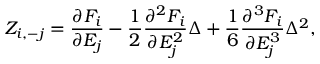
Z _ { i , - j } = \frac { \partial F _ { i } } { \partial E _ { j } } - \frac { 1 } { 2 } \frac { \partial ^ { 2 } F _ { i } } { \partial E _ { j } ^ { 2 } } \Delta + \frac { 1 } { 6 } \frac { \partial ^ { 3 } F _ { i } } { \partial E _ { j } ^ { 3 } } { \Delta } ^ { 2 } ,